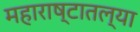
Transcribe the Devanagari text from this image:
महाराष्टातल्या